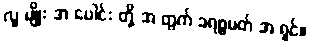
လူ မျိုး အ ပေါင်း တို့ အ တွက် ခရစ္စမတ် အ ရှင်။